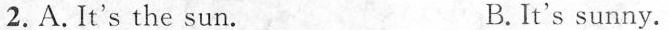
2. A. It's the sun. B.It's sunny.